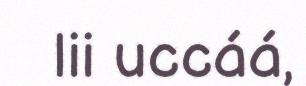
lii uccáá,